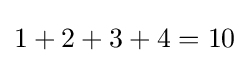
1+2+3+4=10